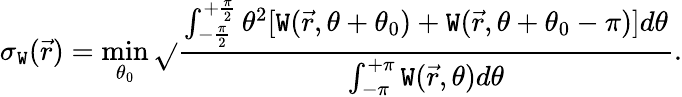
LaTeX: \sigma_{\mathtt{W}}(\vec{{r}})=\operatorname*{min}_{\theta_{0}}\sqrt{}{{\frac{{\int_{-\frac{{\pi}}{{2}}}^{+\frac{{\pi}}{{2}}}\theta^{2}[\mathtt{W}(\vec{{r}},\theta+\theta_{0})+\mathtt{W}(\vec{{r}},\theta+\theta_{0}-\pi)]d\theta}}{{\int_{-\pi}^{+\pi}\mathtt{W}(\vec{{r}},\theta)d\theta}}}}.